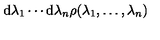
\mathrm { d } \lambda _ { 1 } \cdots \mathrm { d } \lambda _ { n } \rho ( \lambda _ { 1 } , \ldots , \lambda _ { n } )